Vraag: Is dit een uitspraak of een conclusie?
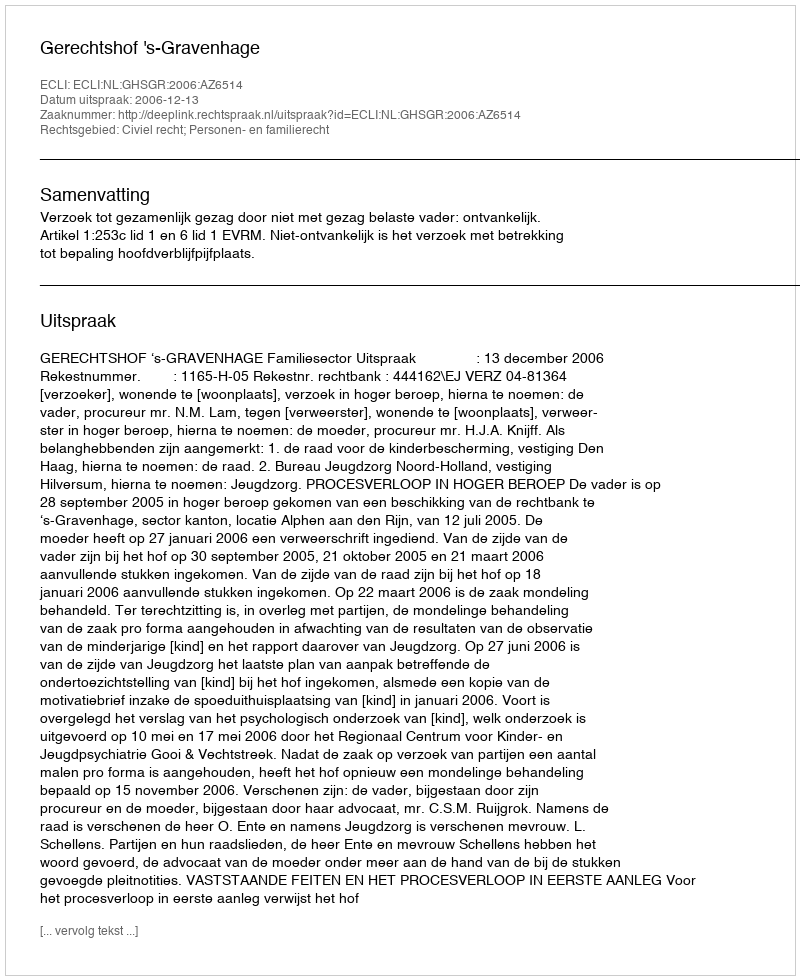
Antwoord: Uitspraak